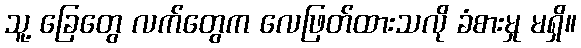
သူ့ ခြေတွေ လက်တွေက လေဖြတ်ထားသလို ခံစားမှု မရှိ။